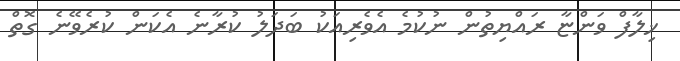
ޚިލާފް ވަންޏާ ރައްޔިތުން ނުކުމެ އެވެރިއަކު ބަދަލު ކުރާނެ އެކަން ކުރެވޭނެ ގޮތް